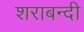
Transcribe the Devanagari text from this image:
शराबन्दी